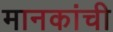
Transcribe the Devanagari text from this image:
मानकांची